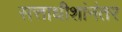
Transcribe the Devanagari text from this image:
सत्ताधीशांनंतर